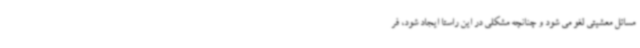
مسائل معشیتی لغو می شود و چنانچه مشکلی در این راستا ایجاد شود، فر